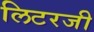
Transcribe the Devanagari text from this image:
लिटरजी